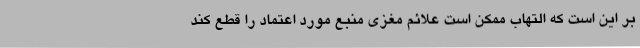
بر این است که التهاب ممکن است علائم مغزی منبع مورد اعتماد را قطع کند